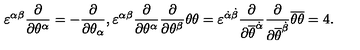
\varepsilon ^ { \alpha \beta } \frac { \partial } { \partial \theta ^ { \alpha } } = - \frac { \partial } { \partial \theta _ { \alpha } } , \varepsilon ^ { \alpha \beta } \frac { \partial } { \partial \theta ^ { \alpha } } \frac { \partial } { \partial \theta ^ { \beta } } \theta \theta = \varepsilon ^ { { \dot { \alpha } } { \dot { \beta } } } \frac { \partial } { \partial { \overline { \theta } } ^ { \dot { \alpha } } } \frac { \partial } { \partial { \overline { \theta } } ^ { \dot { \beta } } } { \overline { \theta } } { \overline { \theta } } = 4 .